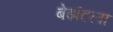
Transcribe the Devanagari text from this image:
बेझंटला